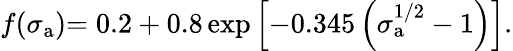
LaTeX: f(\sigma_{\mathrm{{a}}}){=0.2+0.8\exp\left[-0.345\left(\sigma_{\mathrm{{a}}}^{1/2}-1\right)\right]}.